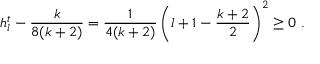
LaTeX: h _ { l } ^ { t } - \frac { k } { 8 ( k + 2 ) } = \frac { 1 } { 4 ( k + 2 ) } \left( l + 1 - \frac { k + 2 } { 2 } \right) ^ { 2 } \geq 0 ~ .